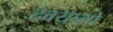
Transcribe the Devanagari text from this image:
देवयन्तो